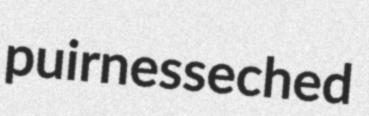
puirness eched